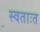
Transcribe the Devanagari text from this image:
स्वताःत